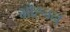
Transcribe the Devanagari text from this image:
मोह्नन